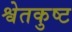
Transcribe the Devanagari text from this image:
श्वेतकुष्ट